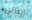
الثانويه